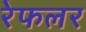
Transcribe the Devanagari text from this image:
रेफलर